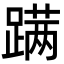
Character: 蹒